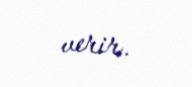
verir.